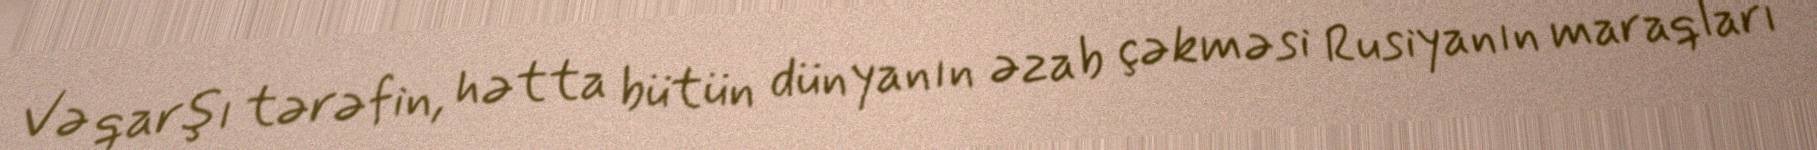
Və qarşı tərəfin, hətta bütün dünyanın əzab çəkməsi Rusiyanın maraqları